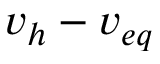
v _ { h } - v _ { e q }